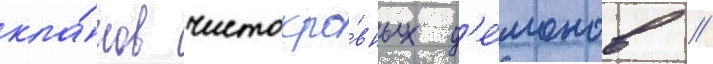
кла́нов чистокро́вных д'е́монов //